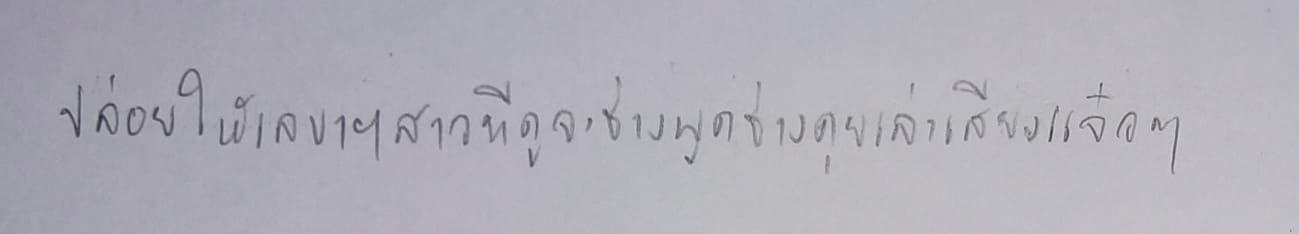
ปล่อยให้เลขาฯสาวที่ดูจะช่างพูดช่างคุยเล่าเสียงแจ๋วๆ